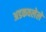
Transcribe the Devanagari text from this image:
अडकवलेले